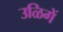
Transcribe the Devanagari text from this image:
उळिगें